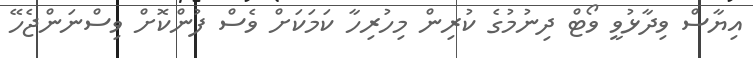
އިޔާސް ވިދާޅުވީ ވޯޓް ދިނުމުގެ ކުރިން މިހުރިހާ ކަމަކަށް ވެސް ފުންކޮށް ވިސްނަންޖެހޭ